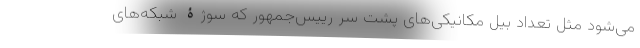
می‌شود مثل تعداد بیل مکانیکی‌های پشت سر رییس‌جمهور که سوژۀ شبکه‌های